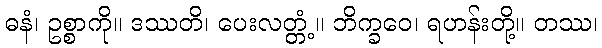
ဓနံ၊ ဥစ္စာကို။ ဒဿတိ၊ ပေးလတ္တံ့။ ဘိက္ခဝေ၊ ရဟန်းတို့။ တဿ၊